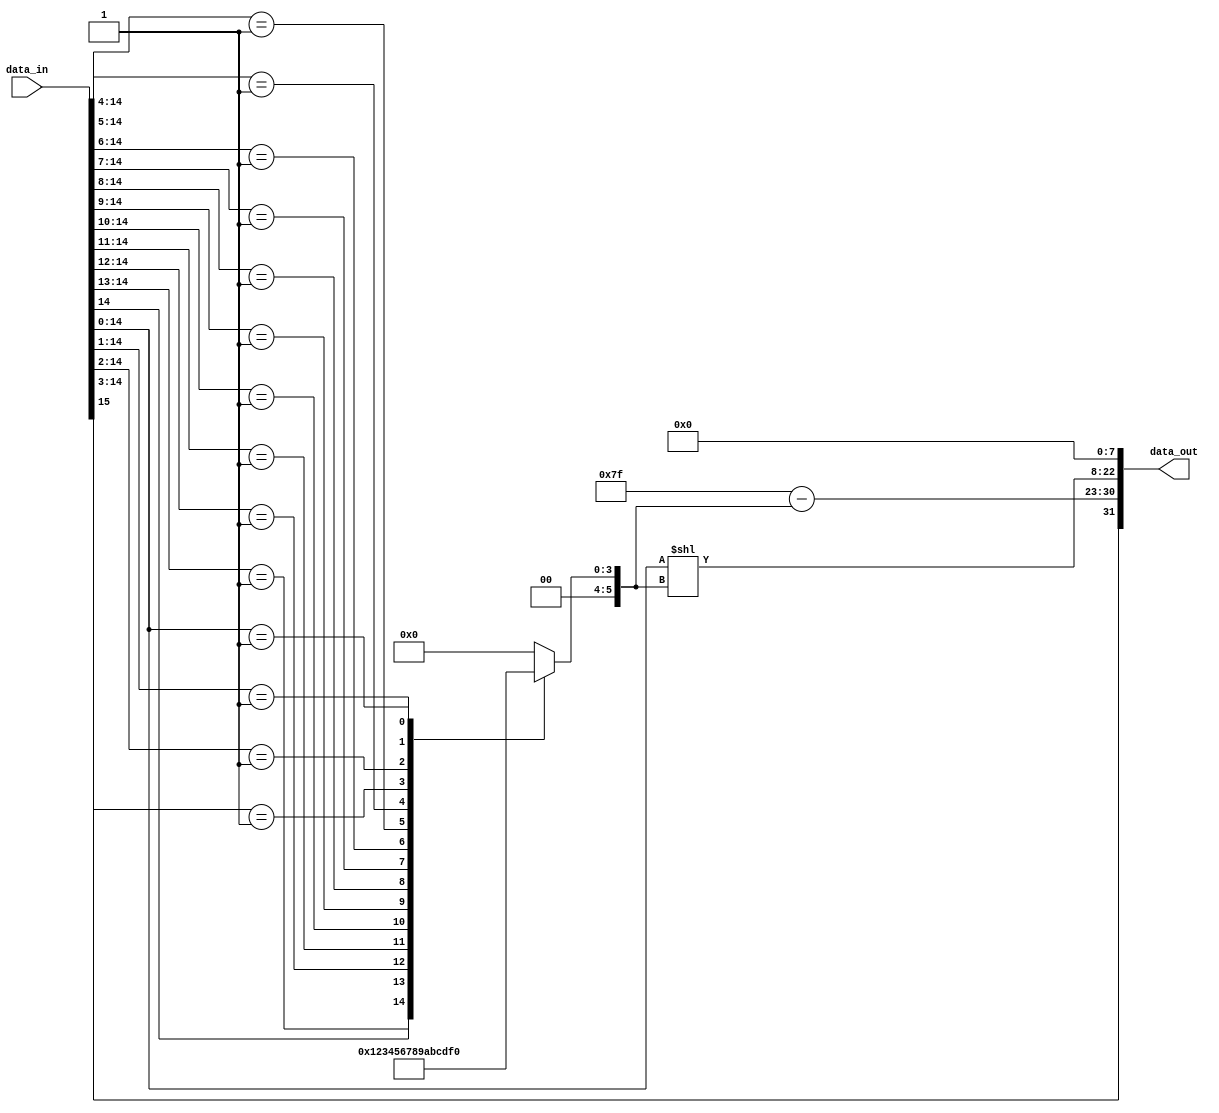
module decompressor_16(
    input [15:0] data_in,
    output [31:0] data_out
    );
    
// decompress the 16-bit input into a 32-bit FP number

reg [5:0] total_sum;
wire [7:0] exp;
wire [22:0] mantissa;

always@ (*) begin
    casez(data_in[14:0])
        15'b1??_????_????_???? : total_sum = 1;
        15'b01?_????_????_???? : total_sum = 2;
        15'b001_????_????_???? : total_sum = 3;
        15'b000_1???_????_???? : total_sum = 4;
        15'b000_01??_????_???? : total_sum = 5;
        15'b000_001?_????_???? : total_sum = 6;
        15'b000_0001_????_???? : total_sum = 7;
        15'b000_0000_1???_???? : total_sum = 8;
        15'b000_0000_01??_???? : total_sum = 9;        
        15'b000_0000_001?_???? : total_sum = 10;
        15'b000_0000_0001_???? : total_sum = 11;
        15'b000_0000_0000_1??? : total_sum = 12;
        15'b000_0000_0000_01?? : total_sum = 13;                                
        15'b000_0000_0000_001? : total_sum = 14;
        15'b000_0000_0000_0001 : total_sum = 15;
        default : total_sum = 0;                
    endcase                
end
    
assign exp = 127 - total_sum;

assign mantissa = {data_in[14:0] << total_sum, 8'b0};
    
assign data_out = {data_in[15], exp, mantissa};


endmodule